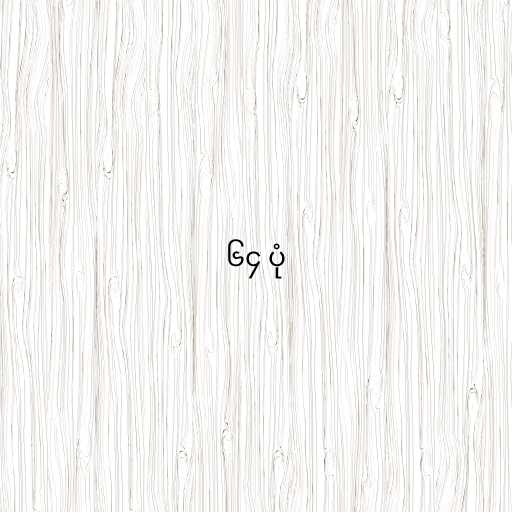
၆၄ ပုံ